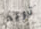
تريد